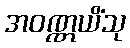
အဝဏ္ဏယိံသု